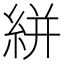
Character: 絣